Scottish Leaving Certificate Examination, 1957
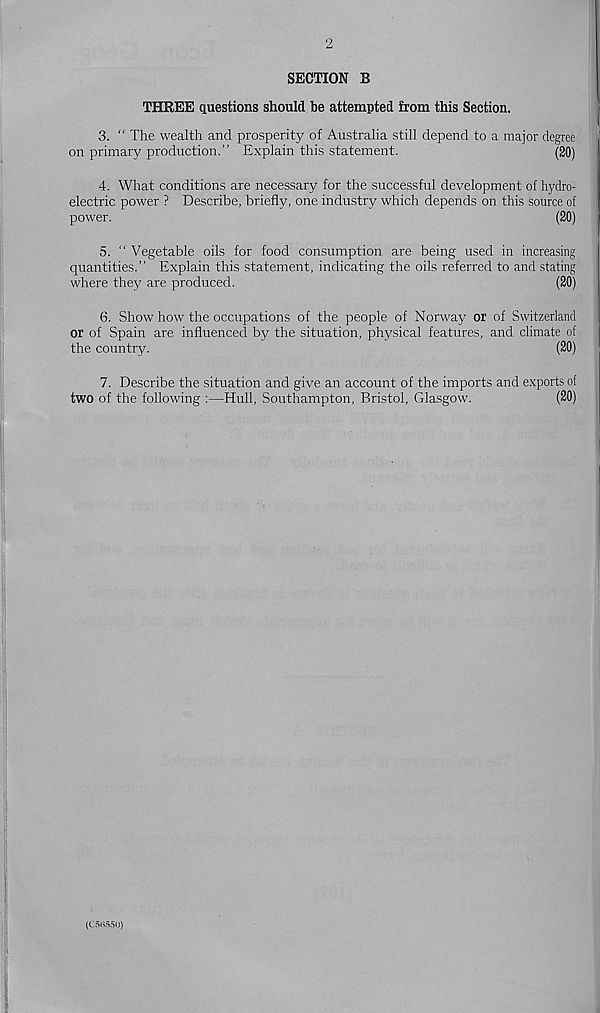
2
SECTION B
THREE questions should be attempted from this Section.
3. “ The wealth and prosperity of Australia still depend to a major degree
on primary production.” Explain this statement.
(20)
4. What conditions are necessary for the successful development of hydro-
electric power ? Describe, briefly, one industry which depends on this source of
power.
(20)
5. " Vegetable oils for food consumption are being used in increasing
quantities.” Explain this statement, indicating the oils referred to and stating
where they are produced.
(20)
6. Show how the occupations of the people of Norway or of Switzerland
or of Spain are influenced by the situation, physical features, and climate of
the country.
(20)
7. Describe the situation and give an account of the imports and exports of
two of the following :—Hull, Southampton, Bristol, Glasgow.
(20)
(C5B550)